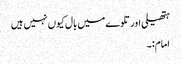
ہتھیلی اور تلوے میں بال کیوں نہیں ہیں
امام:۔